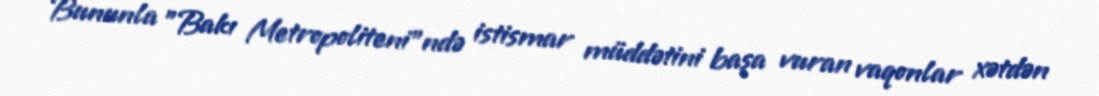
Bununla "Bakı Metropoliteni"ndə istismar müddətini başa vuran vaqonlar xətdən